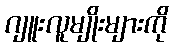
ဂျူးလူမျိုးများကို